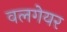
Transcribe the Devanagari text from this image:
वलगेयर